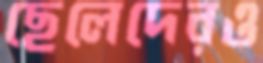
ছেলেদেরও